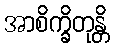
အာစိက္ခိတုန္တိ